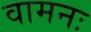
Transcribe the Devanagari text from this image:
वामनः